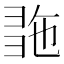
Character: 𢑠